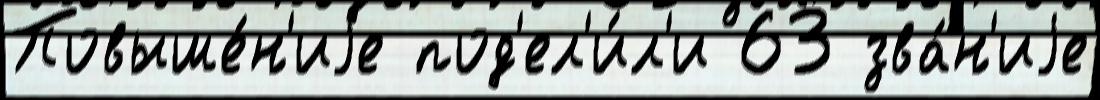
Повыше́н'иjе под'ел'и́л'и 63 зва́н'иjе